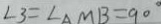
\angle 3 = \angle A M B = 9 0 ^ { \circ }